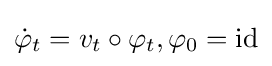
{\dot {\varphi }}_{t}=v_{t}\circ \varphi _{t},\varphi _{0}={\rm {id}}